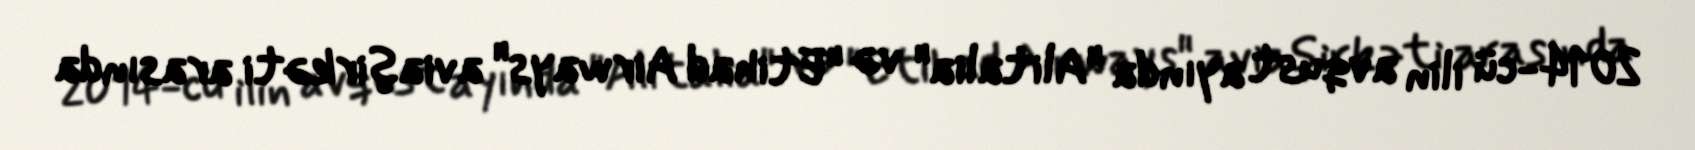
2014-cü ilin avqust ayında "Alitalia" və "Etihad Airways" aviaşirkəti arasında